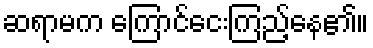
ဆရာမက ကြောင်ငေးကြည့်နေ၏။